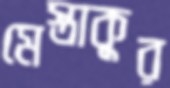
মেস্তাকুর